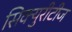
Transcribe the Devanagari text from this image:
सिक्युरीटीज